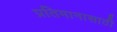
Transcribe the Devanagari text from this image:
प्रतिमानासाठी